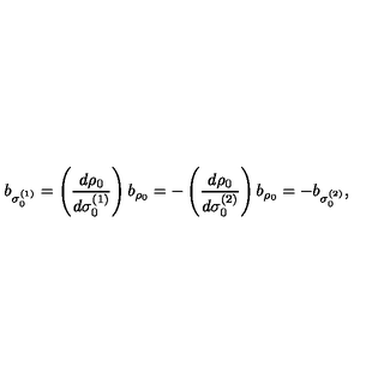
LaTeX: b _ { \sigma _ { 0 } ^ { ( 1 ) } } = \left( { \frac { d \rho _ { 0 } } { d \sigma _ { 0 } ^ { ( 1 ) } } } \right) b _ { \rho _ { 0 } } = - \left( { \frac { d \rho _ { 0 } } { d \sigma _ { 0 } ^ { ( 2 ) } } } \right) b _ { \rho _ { 0 } } = - b _ { \sigma _ { 0 } ^ { ( 2 ) } } ,